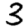
Digit: 3